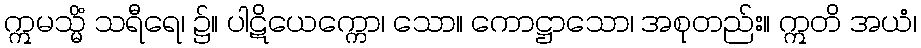
ဣမသ္မိံ သရီရေ၊ ၌။ ပါဋိယေက္ကော၊ သော။ ကောဋ္ဌာသော၊ အစုတည်း။ ဣတိ အယံ၊